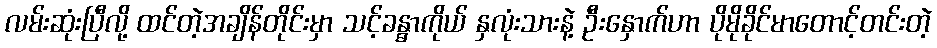
လမ်းဆုံးပြီလို့ ထင်တဲ့အချိန်တိုင်းမှာ သင့်ခန္ဓာကိုယ် နှလုံးသားနဲ့ ဦးနှောက်ဟာ ပိုမိုခိုင်မာတောင့်တင်းတဲ့